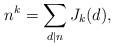
LaTeX: \begin{align*}n^{k}=\sum_{d\mid n}J_{k}(d),\end{align*}